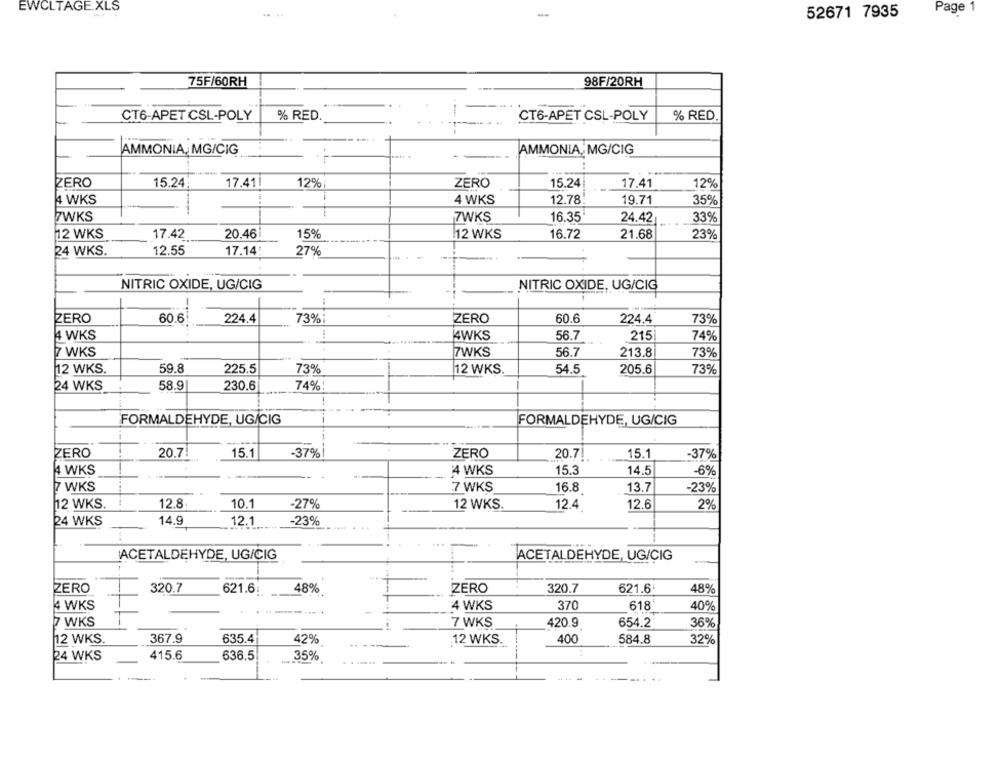
EWCLTAGE.XLS
52671 7935
Page 1
75F/60RH
98F/20RH
CT6-APET CSL-POLY
% RED
CT6-APET CSL-POLY
% RED.
AMMONIA, MG/CIG
AMMONIA, MG/CIG
-
ZERO
15.24
17.41|
12%
ZERO
17.41
15.24
12%
12.78
4 WKS
4 WKS
19.71
35%
7WKS
7WKS
16.35
24.42
33%
12 WKS
17.42
20.46l
15%
12 WKS
16.72
21.68
23%
24 WKS.
12.55
17.14!
27%
NITRIC OXIDE, UG/CIG
---
NITRIC OXIDE, UG/CIG
..
ZERO
60.6
224.4
73%:
ZERO
60.6
224.4
73%
4 WKS
4WKS
56.7
215
74%
7 WKS
7WKS
56.7
213.8
73%
12 WKS.
59.8
225.5
73%
12 WKS.
54.5
205.6
73%
24 WKS
58.9
230.6
74%
FORMALDEHYDE, UG/CIG
-
FORMALDEHYDE, UG/CIG
---
ZERO
20.7
15.1
-37%
ZERO
20.71
15.1
-37%
4 WKS
4 WKS
15.3
14.5
-6%
7 WKS
7 WKS
16.8
13.7
-23%
12.8
10.1
2%
12 WKS.
-27%
12 WKS.
12.4
12.6
24 WKS
14.9
12.1
-23%
ACETALDEHYDE, UG/CIG
ACETALDEHYDE, UG/CIG
ZERO
320.7
621.6:
48%
ZERO
320.7
621.6
48%
4 WKS
4 WKS
370
618
40%
7 WKS
7 WKS
420.9
654.2
36%
12 WKS.
367.9
635.4
42%
12 WKS.
400
584.8
32%
636.5
24 WKS
415.6
35%
---